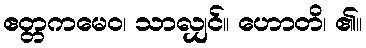
ဧတ္တကမေဝ၊ သာလျှင်။ ဟောတိ၊ ၏။